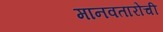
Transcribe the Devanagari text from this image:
मानवतारोची